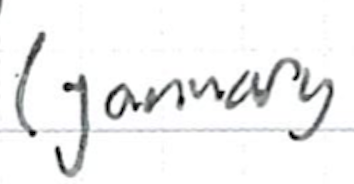
Text: (January
Cross-out: clean
Writing tool: ballpoint